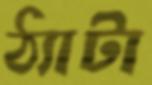
ঠ্যাটা